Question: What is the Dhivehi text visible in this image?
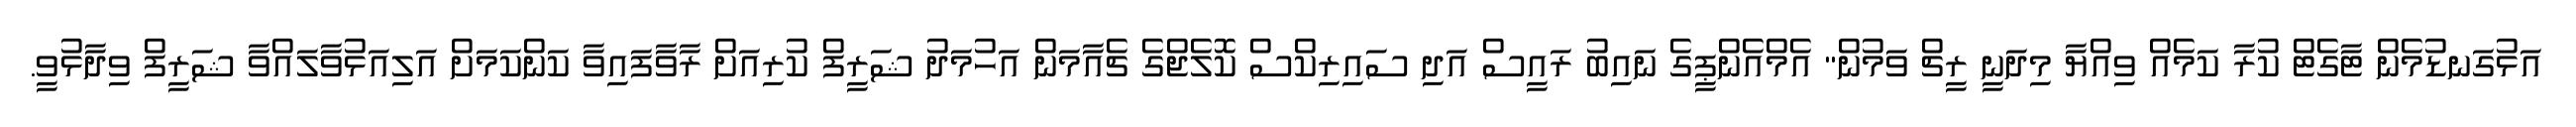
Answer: އަޅުގަނޑުމެން ޓާގެޓް ކުރާ ކަމެއް ވިއްޔާ މިދަނީ ރީޗް ވަމުން" އެމްއެންޕީގެ ނައިބު ރައީސް އަދި ސައިރިކްސް ކޮލެޖްގެ ޗެއާމަން އަހުމަދު ޝަރީފް ކުރިއަށް ރާވާފައިވާ ކަންކަމަށް އަލިއަޅުވާލައްވާ ޝަރީފް ވިދާޅުވީ.